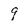
Character: 9